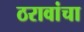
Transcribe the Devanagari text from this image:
ठरावांचा